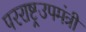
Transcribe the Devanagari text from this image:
परराष्ट्रउपमंत्री